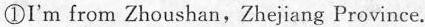
①I'm fromZhoushan,ZhejiangProvince.